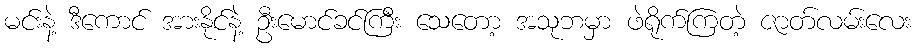
မင်းနဲ့ ဒီကောင် အားနိုင်နဲ့ ဦးမောင်ခင်ကြီး သေတော့ အသုဘမှာ ဖဲရိုက်ကြတဲ့ ဇာတ်လမ်းလေး